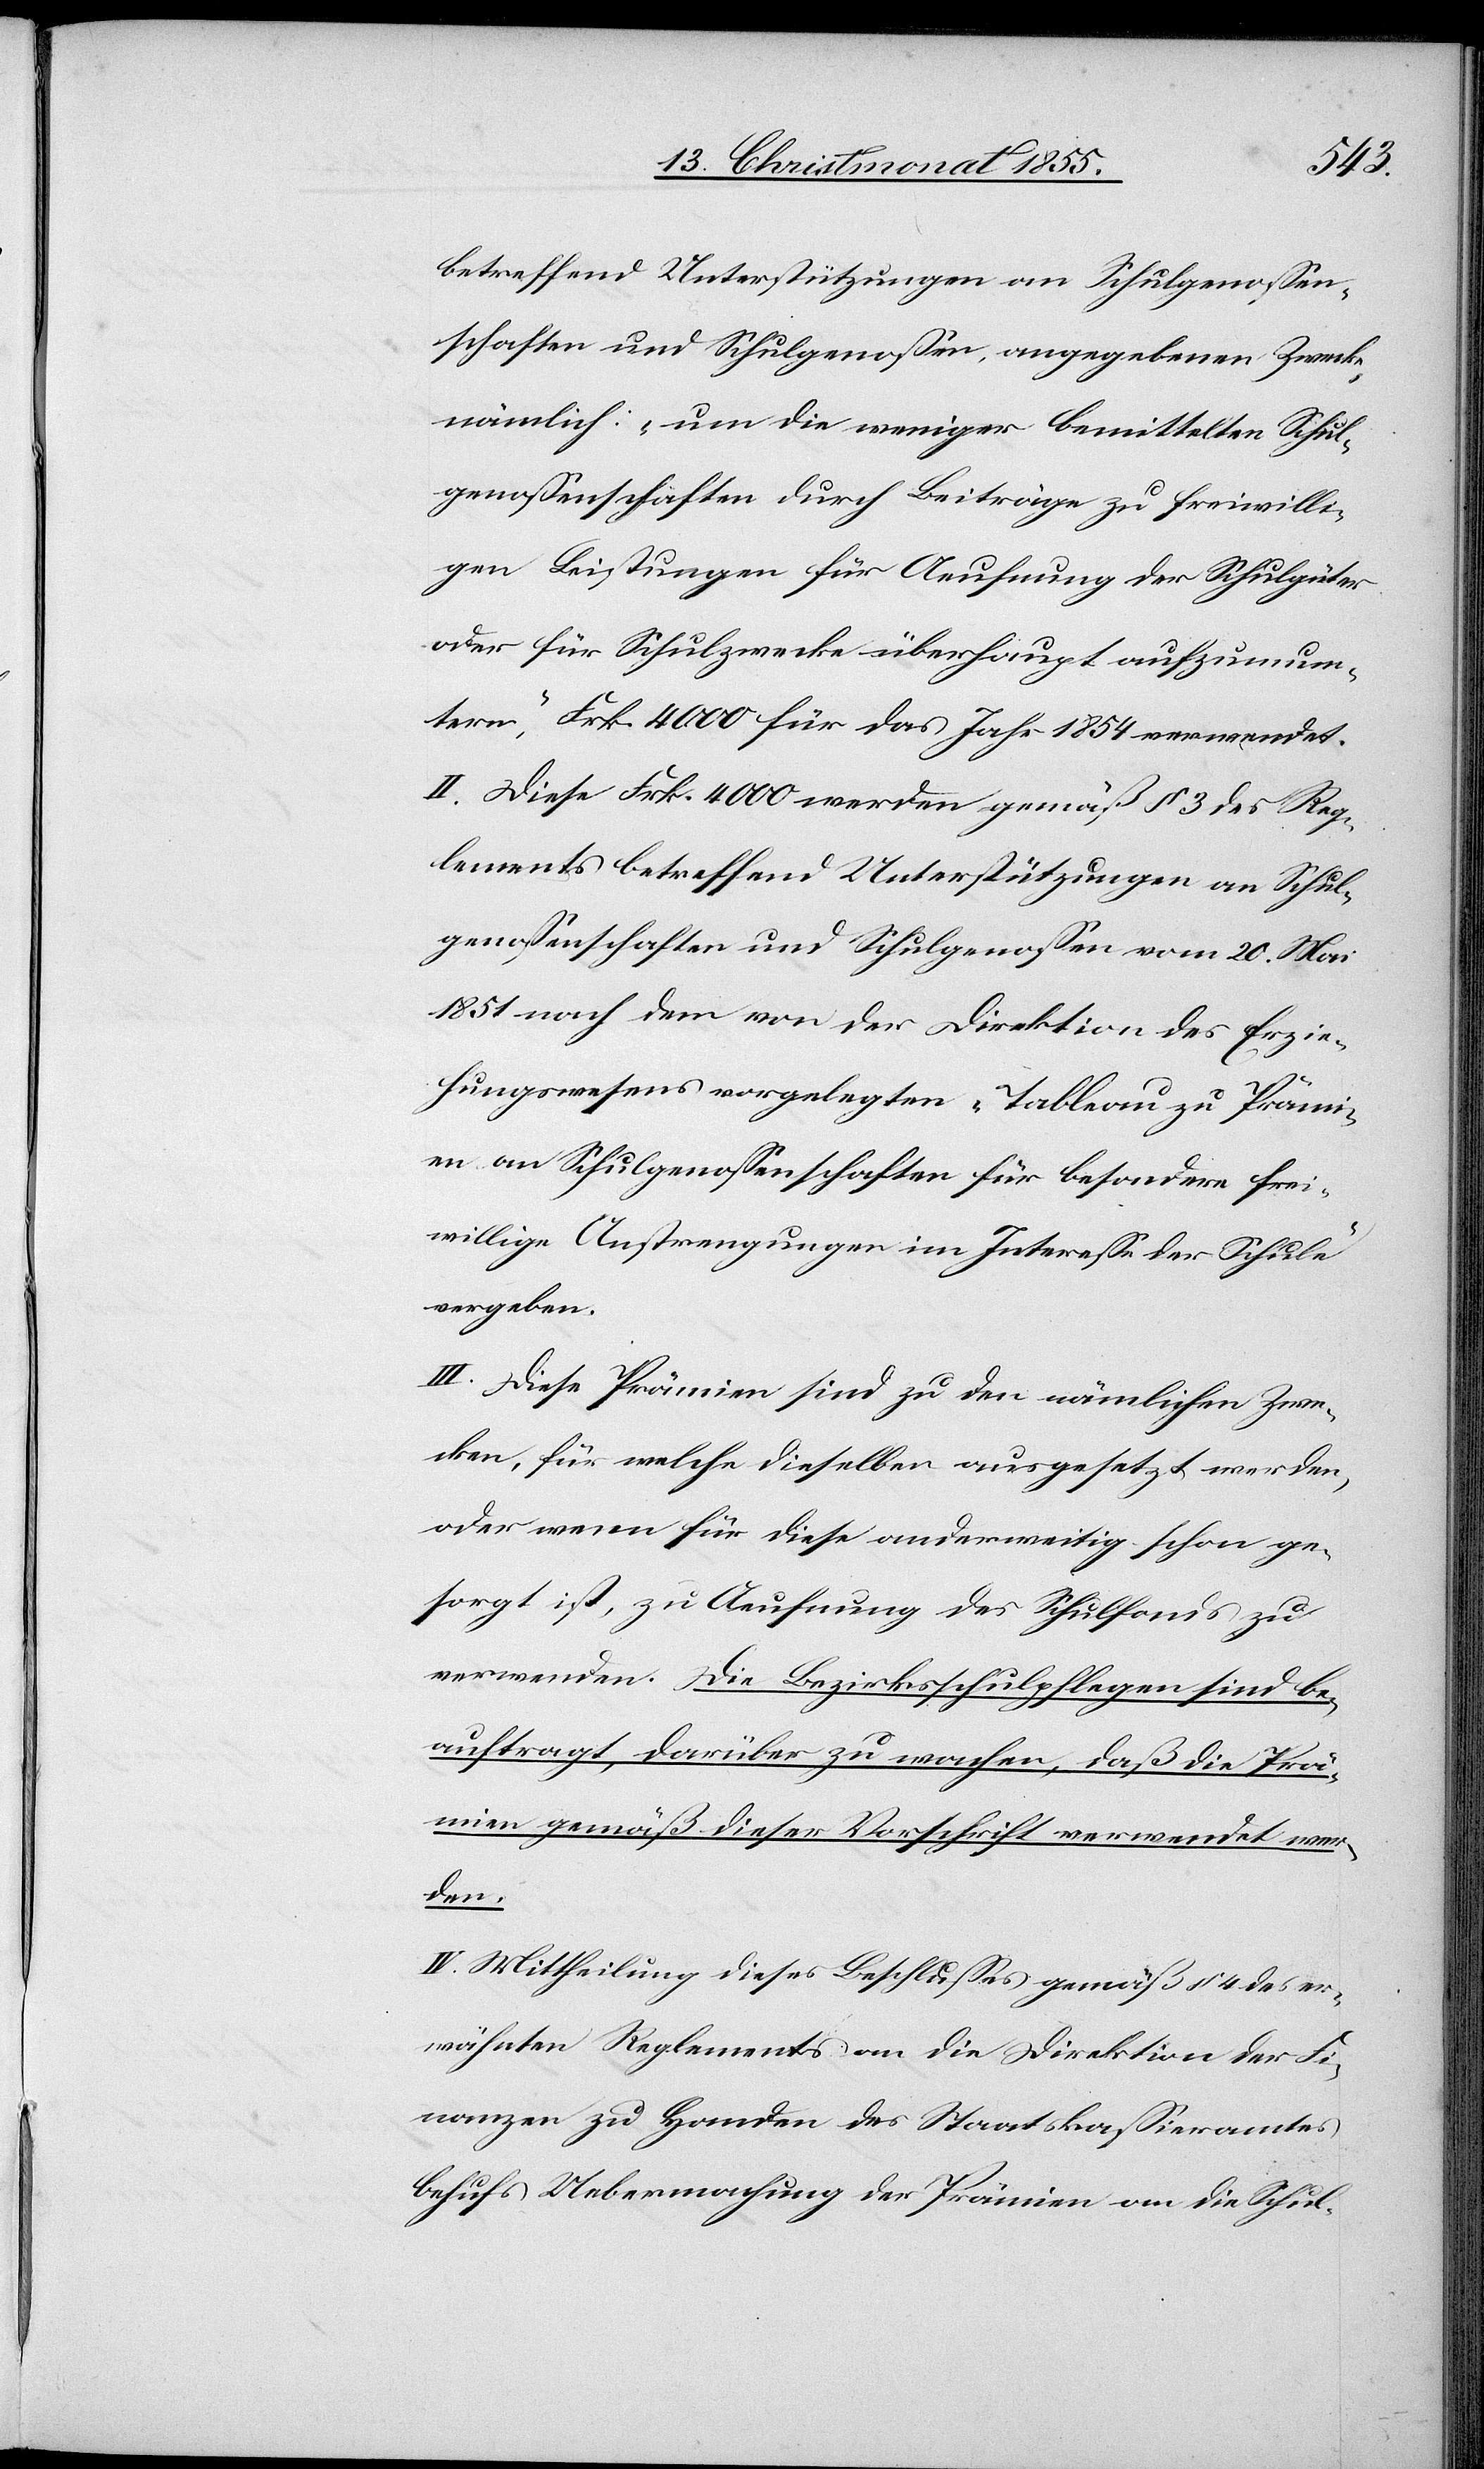
betreffend Unterstützungen an Schulgenossen¬
schaften und Schulgenossen, angegebenen Zwecke,
nämlich: „um die weniger bemittelten Schul¬
genossenschaften durch Beiträge zu freiwilli¬
gen Leistungen für Aeufnung der Schulgüter
oder für Schulzwecke überhaupt aufzumun¬
tern,“ Frk. 4000 für das Jahr 1854 verwendet.
II. Diese Frk. 4000 werden gemäß § 3 des Reg¬
lements betreffend Unterstützungen an Schul¬
genossenschaften und Schulgenossen vom 20. Mai
1851 nach dem von der Direktion des Erzie¬
hungswesens vorgelegten „Tableau zu Prämi¬
en an Schulgenossenschaften für besondere frei¬
willige Anstrengungen im Interesse der Schule“
vergeben.
III. Diese Prämien sind zu den nämlichen Zwe¬
cken, für welche dieselben ausgesetzt werden,
oder wenn für diese anderweitig schon ge¬
sorgt ist, zu Aeufnung des Schulfonds zu
verwenden. Die Bezirksschulpflegen sind be¬
auftragt, darüber zu wachen, daß die Prä¬
mien gemäß dieser Vorschrift verwendet wer¬
den.
IV. Mittheilung dieses Beschlusses gemäß § 4 des er¬
wähnten Reglements an die Direktion der Fi¬
nanzen zu Handen des Staatskassieramtes
behufs Uebermachung der Prämien an die Schul-